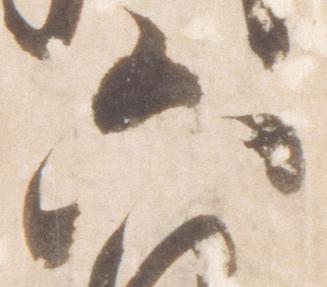
六